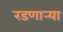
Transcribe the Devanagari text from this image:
रडणार्‍या